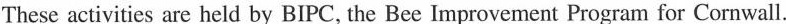
These activities are held by BIPC, the Bee Improvement Program for Cornwall.